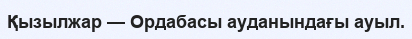
Қызылжар — Ордабасы ауданындағы ауыл.